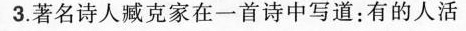
3.著名诗人臧克家在一首诗中写道：有的人活